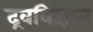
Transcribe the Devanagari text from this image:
द्रवविज्ञान